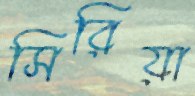
সিরিয়া